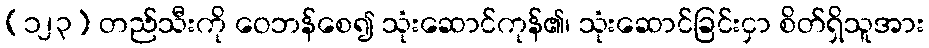
(၁၂၃) တည်သီးကို ဝေဘန်စေ၍ သုံးဆောင်ကုန်၏၊ သုံးဆောင်ခြင်းငှာ စိတ်ရှိသူအား